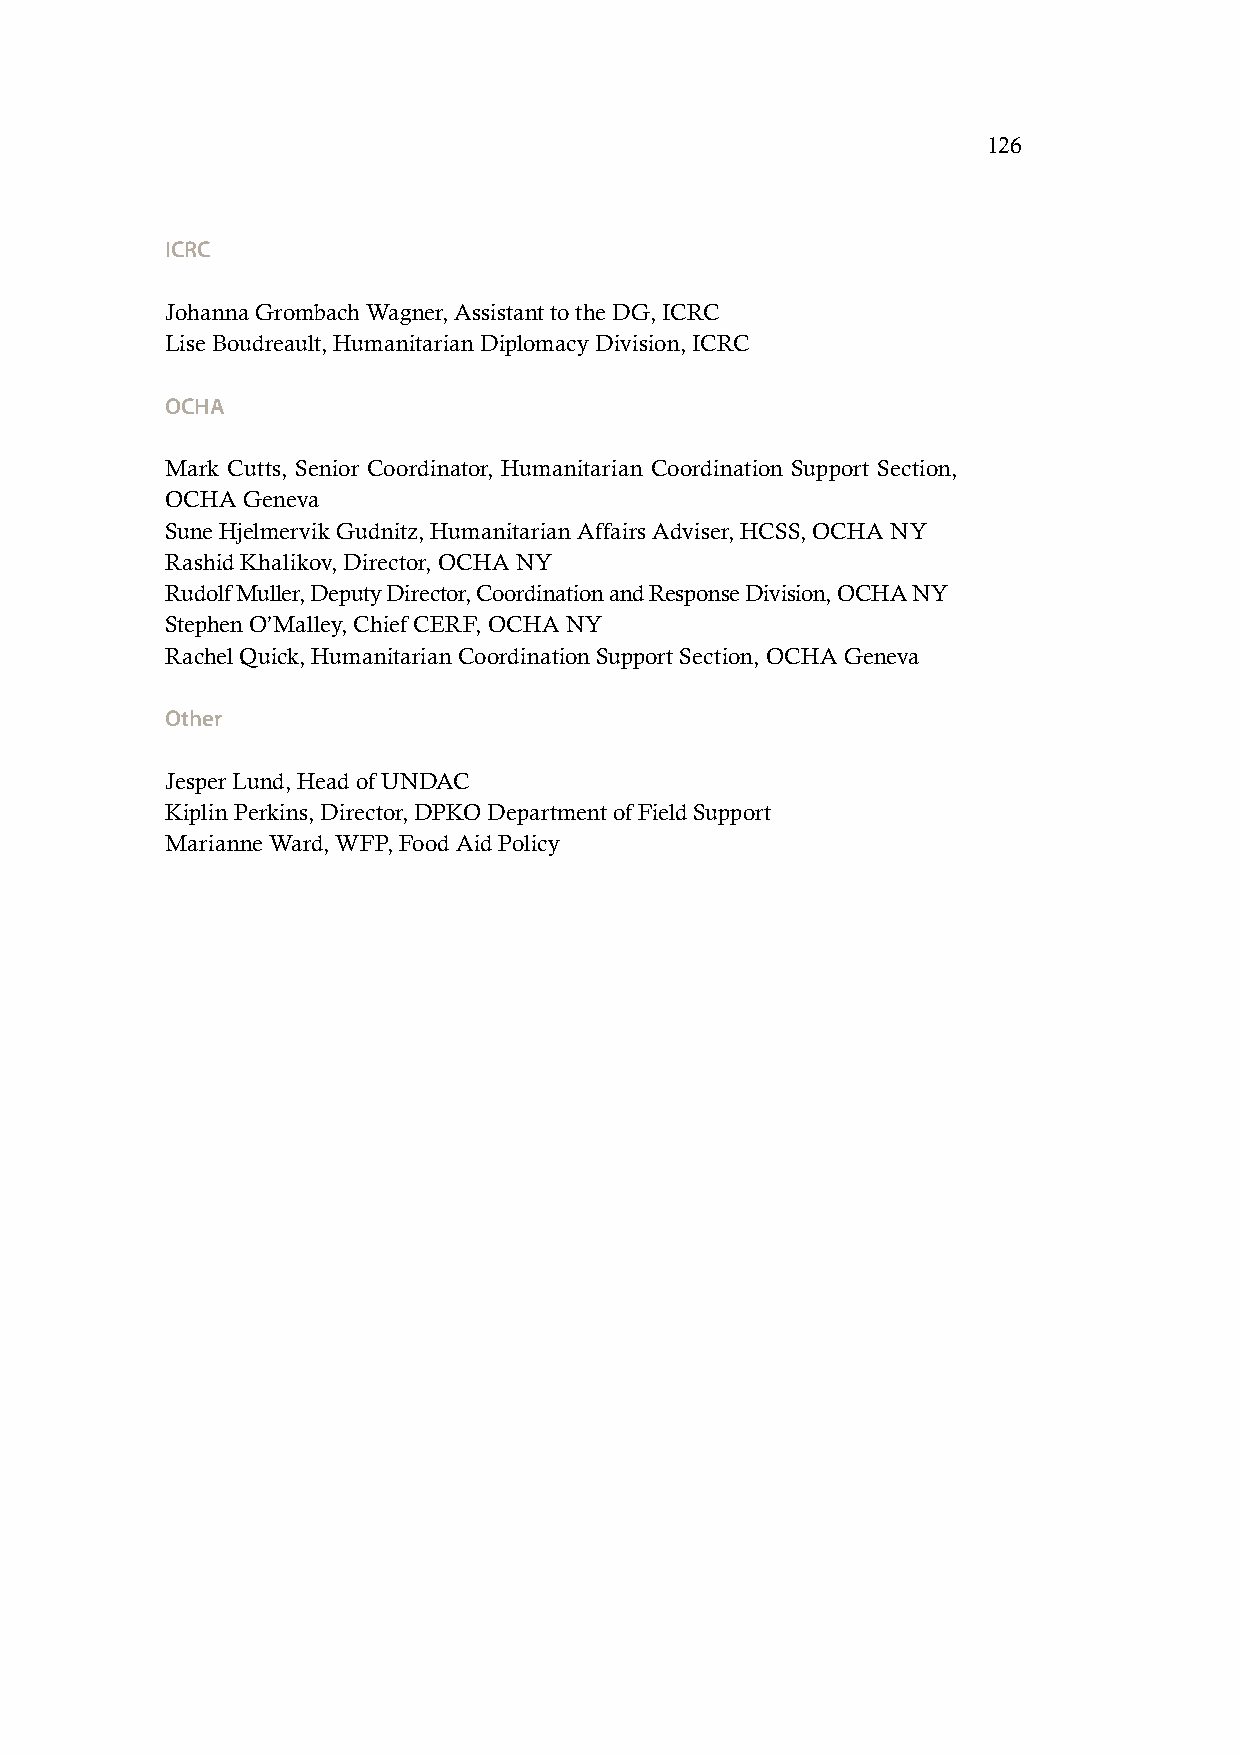
126
 ICRC
 Johanna Grombach Wagner, Assistant to the DG, ICRC
 Lise Boudreault, Humanitarian Diplomacy Division, ICRC
 OCHA
 Mark Cutts, Senior Coordinator, Humanitarian Coordination Support Section,
 OCHA Geneva
 Sune Hjelmervik Gudnitz, Humanitarian Affairs Adviser, HCSS, OCHA NY
 Rashid Khalikov, Director, OCHA NY
 Rudolf Muller, Deputy Director, Coordination and Response Division, OCHA NY
 Stephen O’Malley, Chief CERF, OCHA NY
 Rachel Quick, Humanitarian Coordination Support Section, OCHA Geneva
 Other
 Jesper Lund, Head of UNDAC
 Kiplin Perkins, Director, DPKO Department of Field Support
 Marianne Ward, WFP, Food Aid Policy